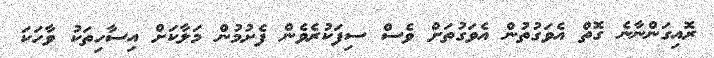
ރޮއިގަންނާނެ ގޮތް އެވަގުތުން އެވަގުތަށް ވެސް ސިފަކުރެވެން ފެށުމުން މަލާކަށް އިސާހިތަކު ވާހަކަ